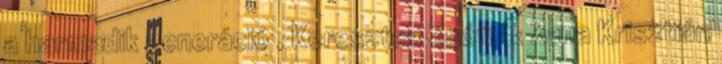
a harmadik generáció , Keresztes Zsófi & Zana Krisztián